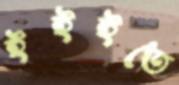
ইইইতে